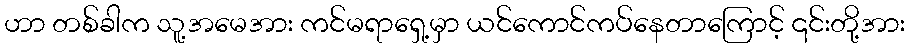
ဟာ တစ်ခါက သူ့အမေအား ကင်မရာရှေ့မှာ ယင်ကောင်ကပ်နေတာကြောင့် ၎င်းတို့အား